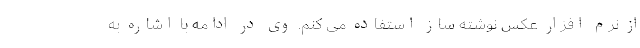
از نرم افزار عکس نوشته ساز استفاده می کنم. وی در ادامه با اشاره به